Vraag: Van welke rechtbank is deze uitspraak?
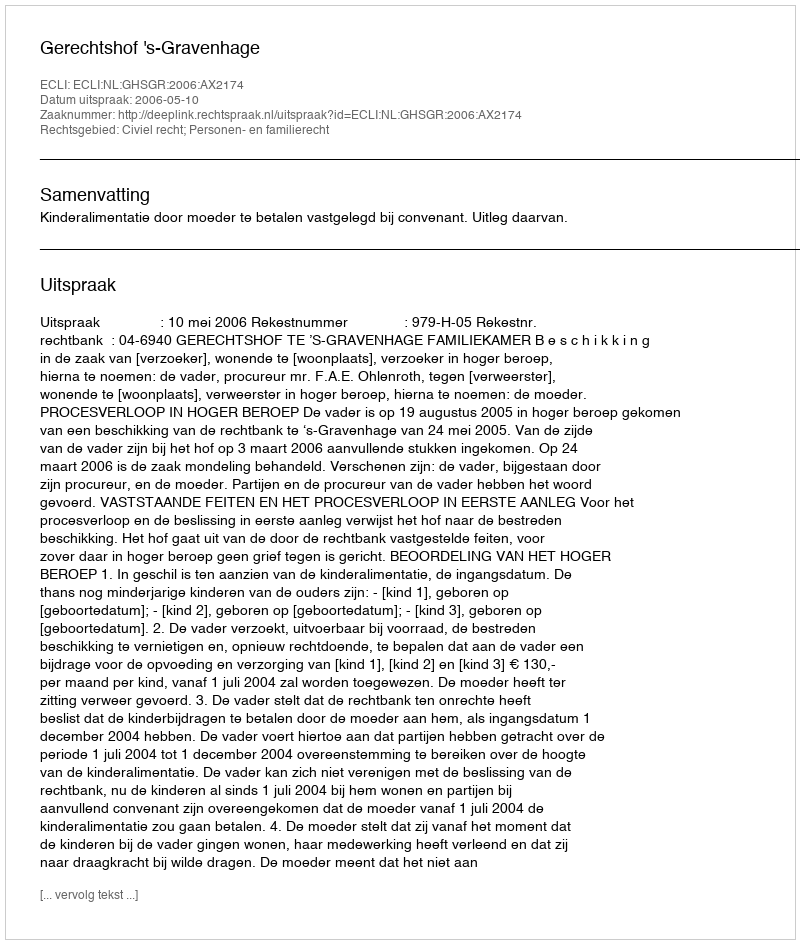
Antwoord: Gerechtshof 's-Gravenhage